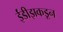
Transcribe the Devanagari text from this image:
ईंडीझकडून